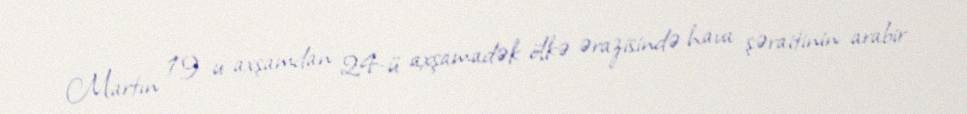
Martın 19-u axşamdan 24-ü axşamadək ölkə ərazisində hava şəraitinin arabir